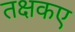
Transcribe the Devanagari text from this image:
तक्षकए